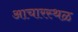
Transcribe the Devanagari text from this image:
आचारस्थळ